Bréfritari: Aðalbjartur Bjarnason (Albert Arnason)
Dagsetning: A-1879-05-04
Skrifað á: Vesturheimi

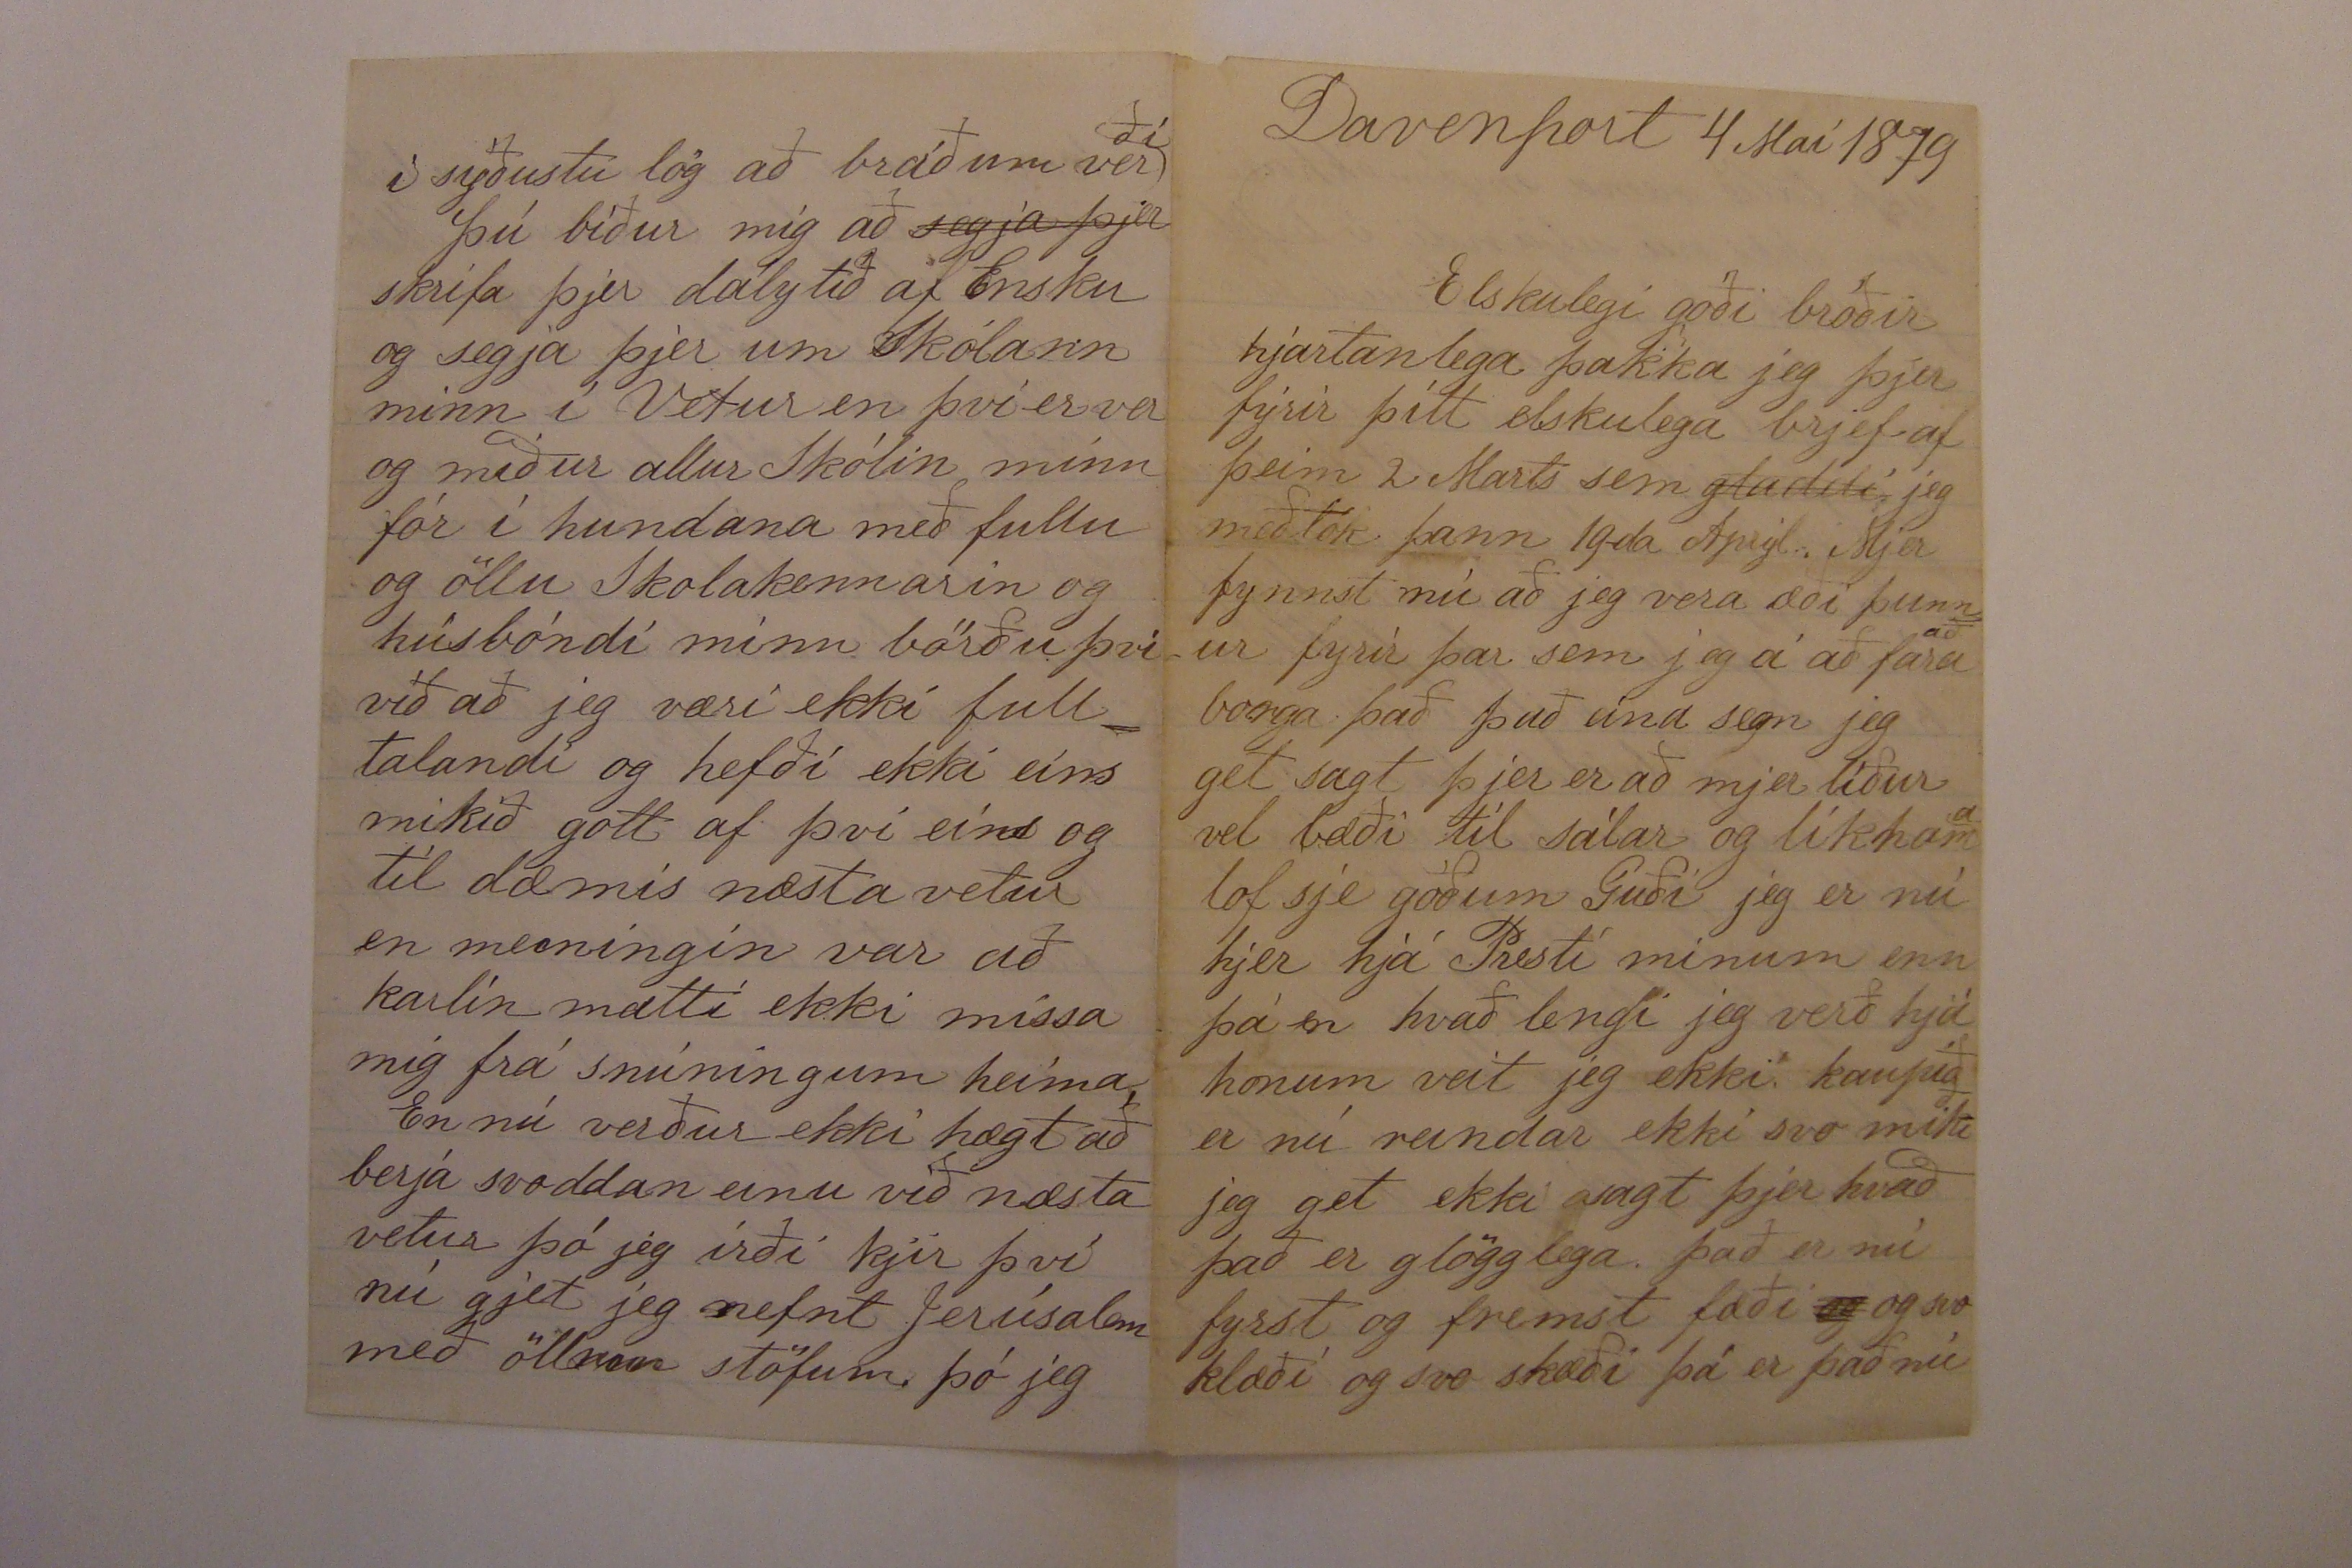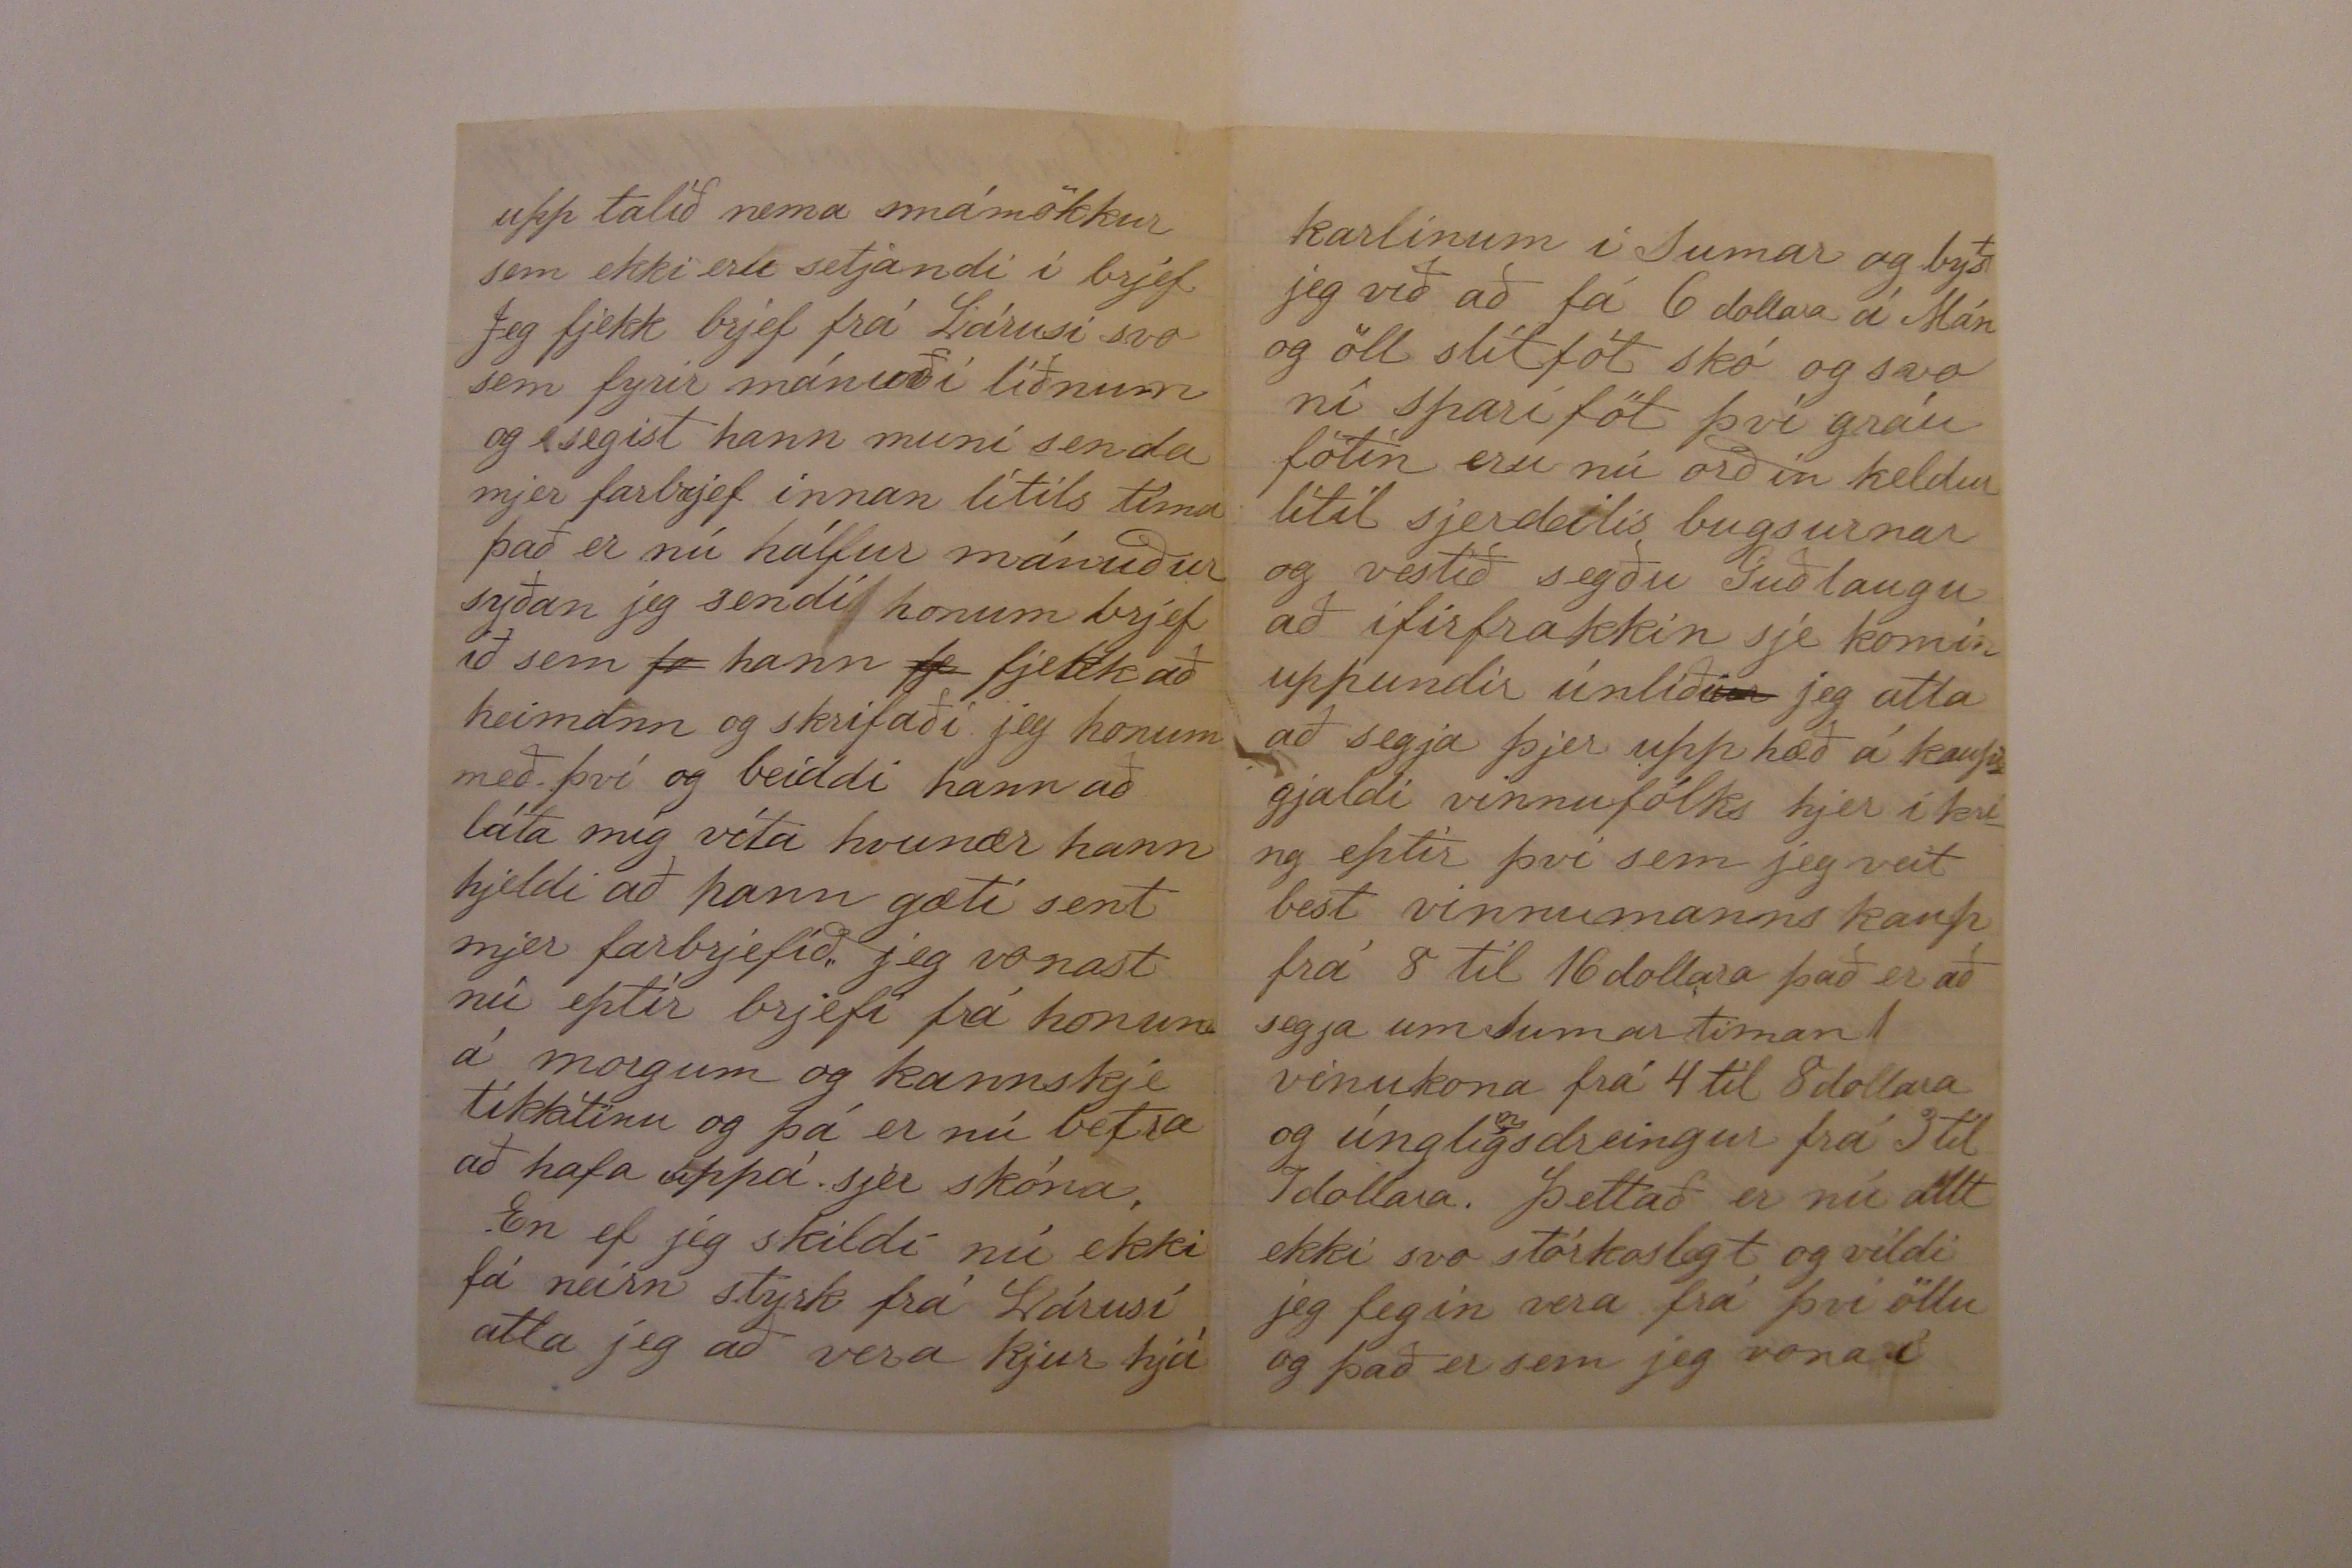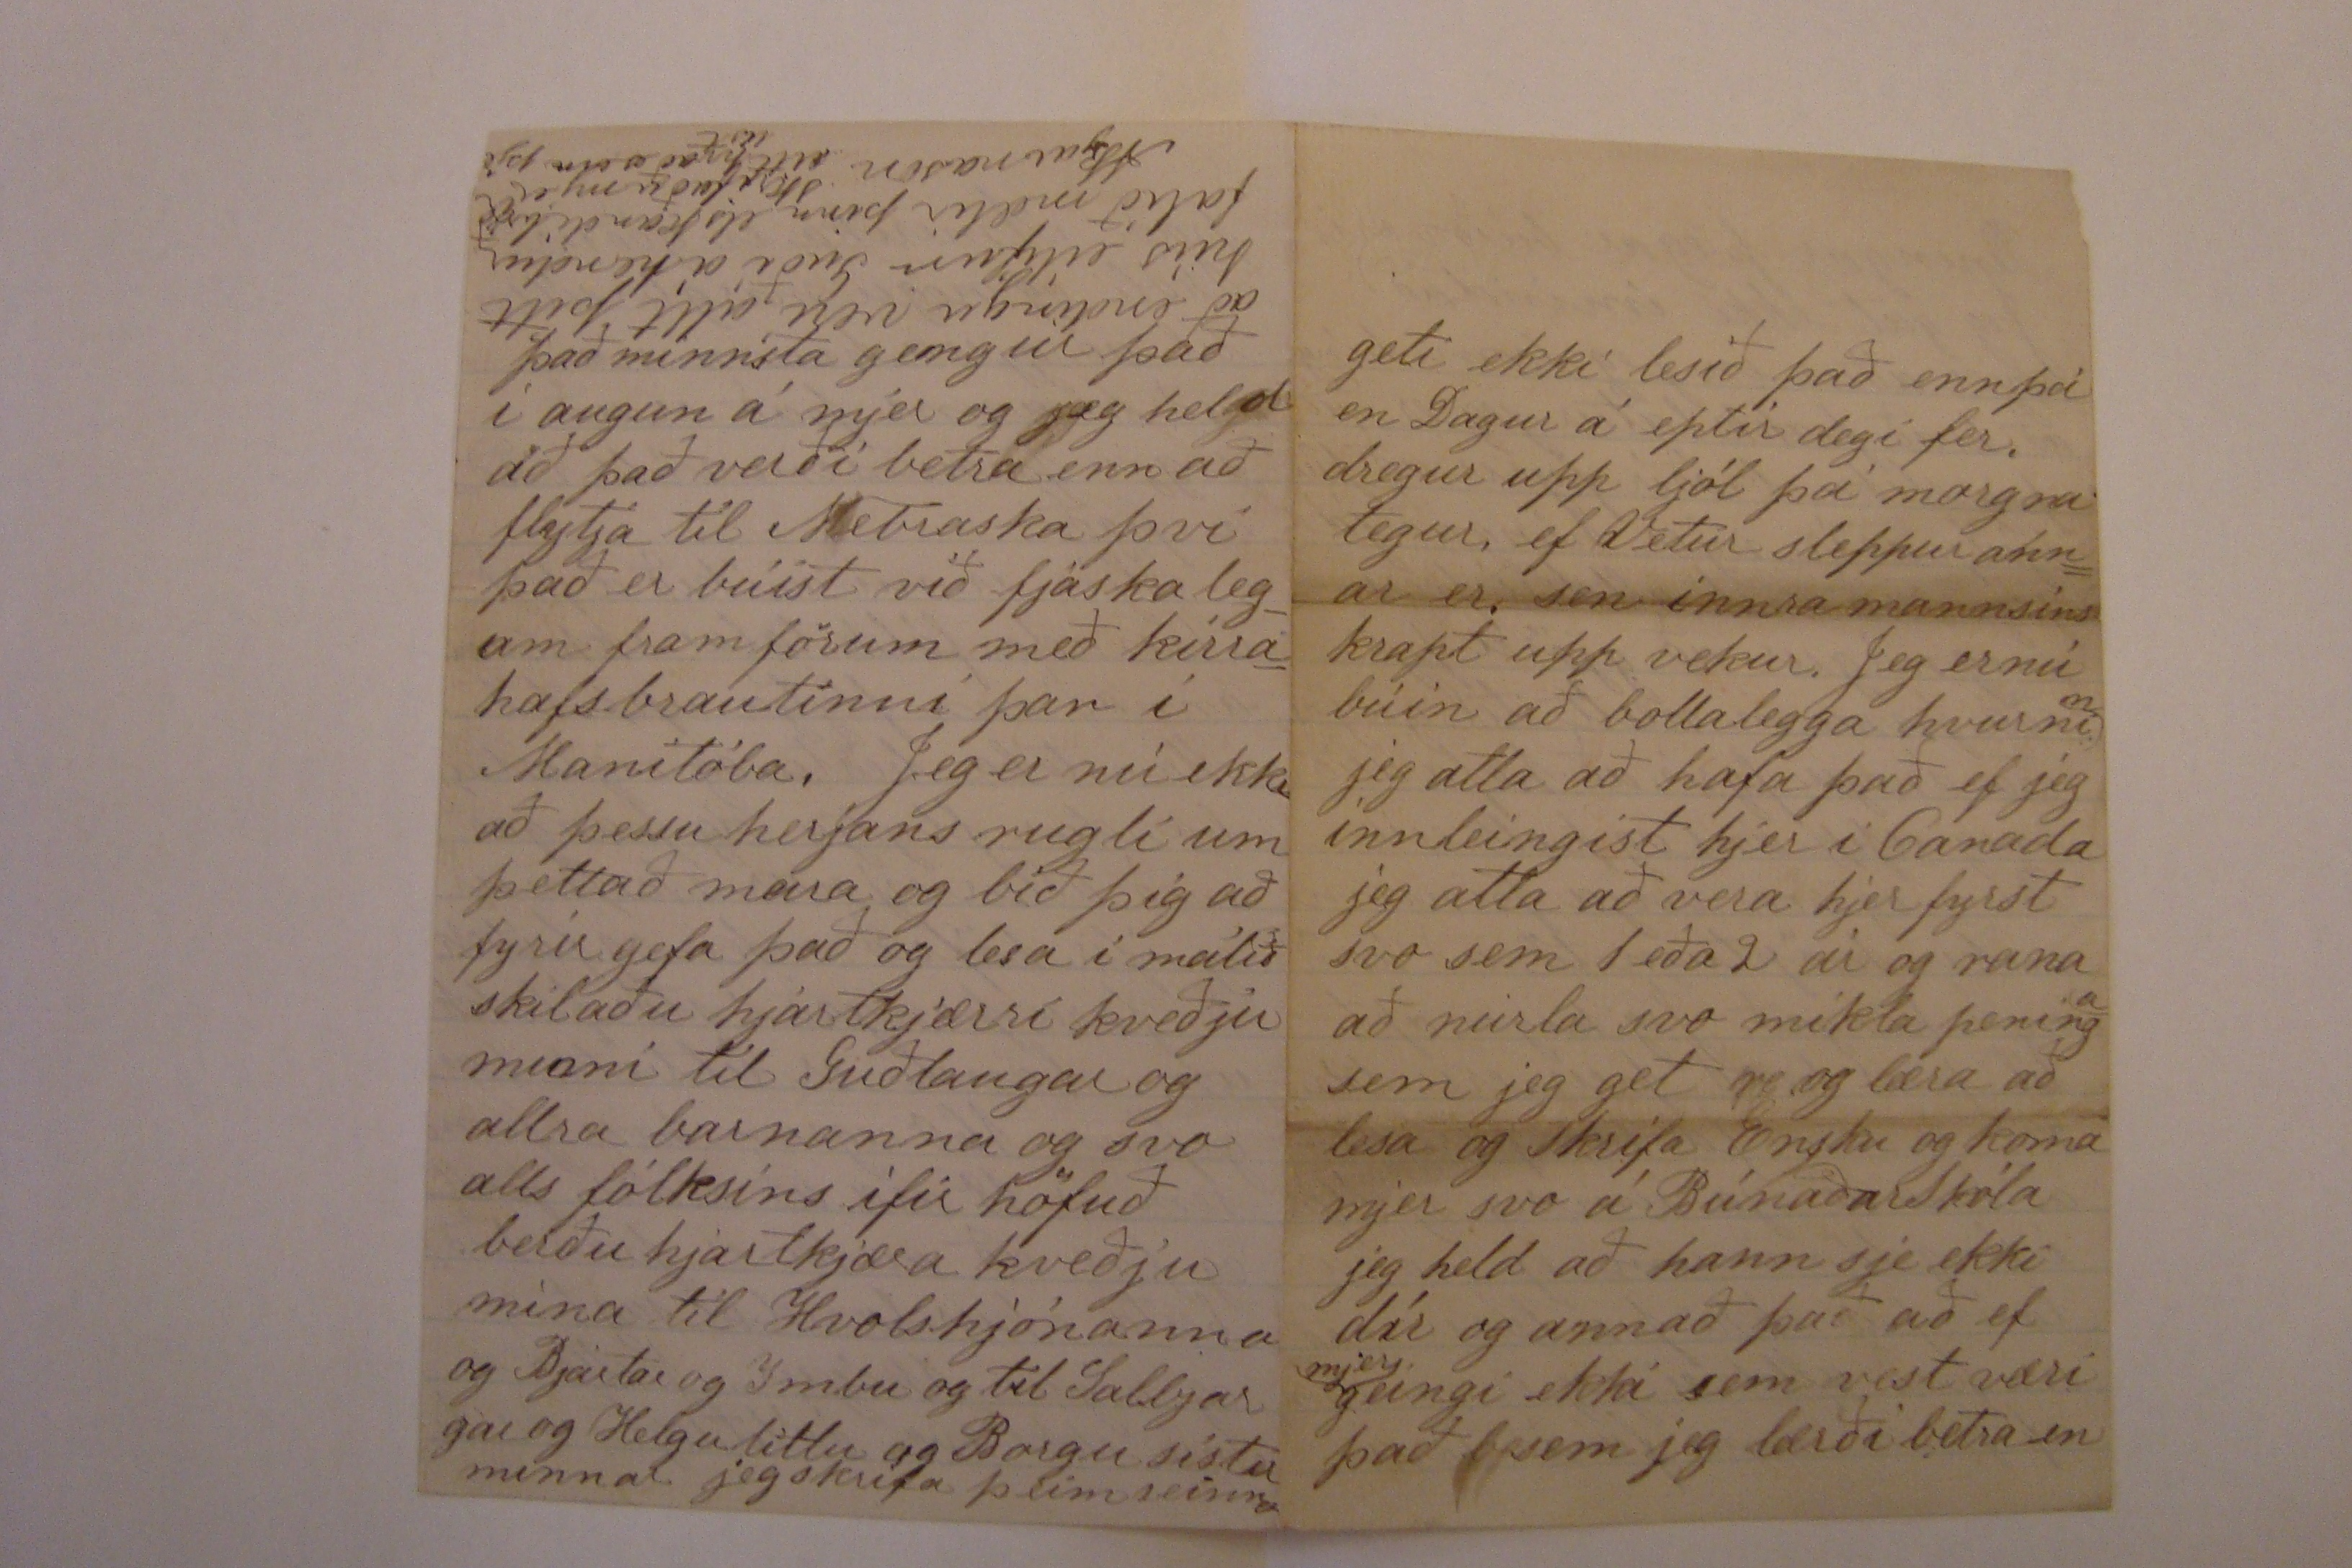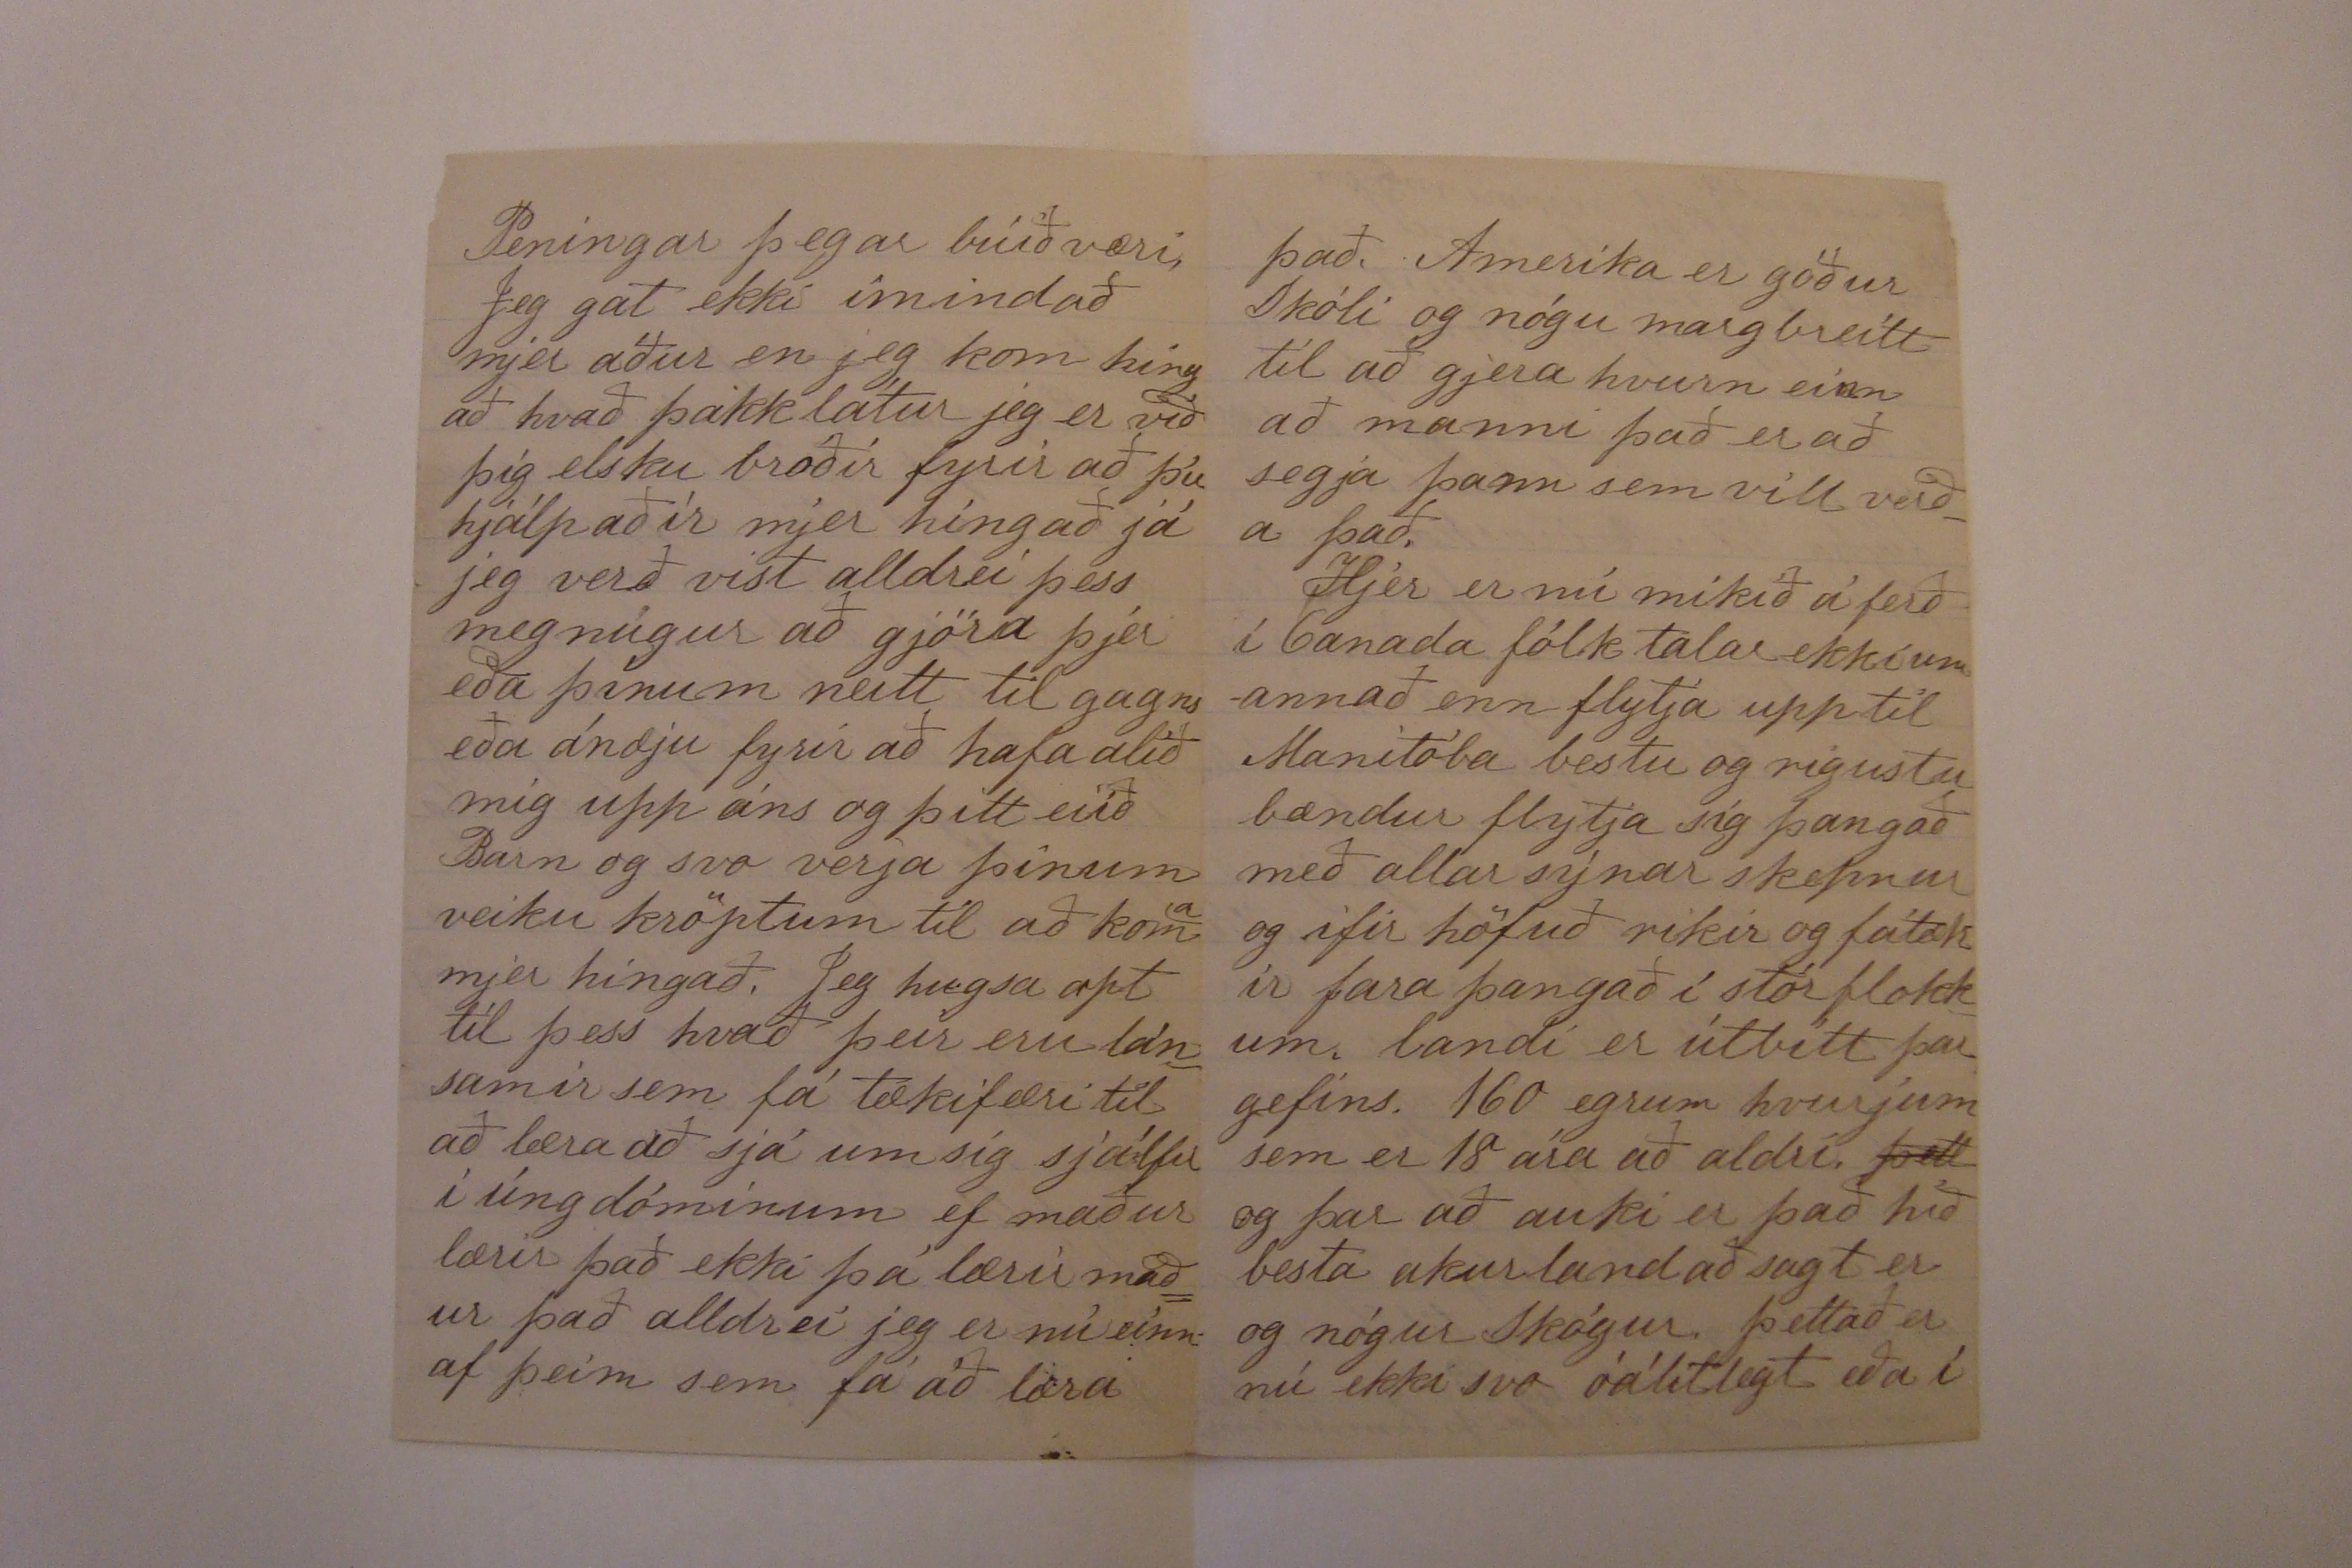

Davenport 4 Maí 1879
Elskulegi góði bróðir
hjartanlega þakka jeg þjer fyrir þitt elskulega brjef af þeim 2 Marts sem
gladdi
jeg meðtók þann 19da Apríl. Mjer fynnst nú að jeg vera æði þunnur fyrir þar sem jeg á að fara
að
borga það það eina sem jeg get sagt þjer er að mjer líður vel bæði til sálar og líkkama lof sje góðum Guði jeg er nú hjer hjá Presti mínum enn þá en hvað lengi jeg verð hjá honum veit jeg ekki kaupið er nú reindar ekki svo mikið jeg get ekki sagt þjer hvað það er glögglega. það er nú fyrst og fremst fæði
og
og svo klæði og svo skæði þá er það nú
upp talið nema smámökkur sem ekki eru setjanadi í brjef Jeg fjekk brjef frá Lárusi svo sem fyrir mánuði liðnum og segist hann muni senda mjer farbrjef innan lítils tíma það er nú hálfur mánuður syðan jeg sendi honum brjefið sem
fe
hann
fje
fjekk að heimann og skrifaði jeg honum með því og beiddi hann að láta mig vita hvunær hann hjeldi að hann gæti sent mjer farbrjefið jeg vonast nú eptir brjefi frá honum á morgun og kannskje tikkitinu og þá er nú betra að hafa uppá sjer skóna.
En ef jeg skildi nú ekki fá neirn styrk frá Lárusi atla jeg að vera kjur hjá
karlinum í Sumar og byst jeg við að fá 6 dollara á Mán og öll
slit
föt skó og svo ní spariföt því gráu fötin eru nú orðin heldur lítil sjerdeilis bugsurnar og vestið segðu Guðlaugu að ifirfrakkin sje komin uppundir únliði
in
jeg atla að segja þjer upphæð á kaupgjaldi vinnufólks hjer í kríng eptir því sem jeg veit best vinnumanns kaup frá 8 til 16 dollara það er að segja um Sumartíman 0 vinnukona frá 4 til 8 dollara og únglingsdreingur frá 3 til 7 dollara. þettað er nú allt ekki svo stórkostlegt og vildi jeg fegin vera frá því öllu og það er sem jeg vona í
í sýðustu lög að bráðum verði
Þú biður mig að
segja þjer
skrifa þjer dálytið af Ensku og segja þjer um Skólann minn í vetur en því er ver og miður allur Skólin minn fór í hundana með fullu og öllu Skolakennarin og húsbóndi minn börðu því við að jeg væri ekki fulltalandi og hefði ekki eins mikið gott af því eins og til dæmis næsta vetur en meiningin var að karlin mætti ekki missa mig frá snúningum heima
En nú verður ekki hæt að berja svoddan einu við næsta vetur þó jeg irði kjir því nú gjet jeg nefnt Jerúsalem með öllum stöfum þó jeg
geti ekki lesið það ennþá en Dagur á eptir degi fer dregur upp
ljól
þá margra
tegur
, ef Vetur sleppur annar er, sen innra mannsins krapt upp vekur. Jeg er nú búin að bollalegga hvurnin jeg atla að hafa það ef jeg innleingist hjer í Canada jeg atla að vera hjer fyrst svo sem 1 eða 2 ár og reina að neisla svo mikla peninga sem jeg get og læra að lesa og skrifa Ensku og koma mjer svo á Búnaðar Skóla jeg held að hann sje ekki dír og annað það að ef
mjer
geingi ekki sem vest væri það sem jeg lærði betra en
Peningar þegar búið væri Jeg gat ekki ímindað mjer áður en jeg kom hingað hvað þakklátur jeg er við þig elsku bróðir fyrir að þú hjálpaðir mjer hingað já jeg verð víst alldrei þess megnugur að gjöra þjer eða þínum neitt til gagns eða ánæju fyrir að hafa alið mig upp eins og þitt eiið Barn og svo verja þínum veiku kröptum til að koma mjer hingað. Jeg hugsa opt til þess hvað þeir eru lánsamir sem fá tækifæri til að læra að sjá um sig sjálfir í úngdóminum ef maður lærir það ekki þá lærir maður það alldrei jeg er nú einn af þeim sem fá að læra
það, Ameríka er góður Skóli og nógu margreitt til að gjera hvurn einn að manni það er að segja þann sem vill verða það.
Her er nú mikið á ferð í Canada fólk talar ekki um annað enn flytja upp til Manitoba bestu og rígustu bændur flytja sig þangað með allar sýnar skepnur og ifir höfuð ríkir og fátækir fara þangað í stórflokkum landi er útbítt þar gefins. 160 egrum hvurjum sem er 18 ára að aldri
þett
og þar að auki er það hið besta akurland að sagt er og nógur Skógur. þettað er nú ekki svo óálitlegt eða í
það minnsta gengur það í augun á mjer og jeg held að það verði betra enn að flytja til Nebraska því það er búist við fjaskalegum framförum með kirrahafsbrautinni þar í Manibóba. Jeg er nú ekki að þessu herjans rugli um þettað meira og bið þig að fyrirgefa það og lesa í málið skilaðu hjartkjærri kveðju minni til Guðlaugar og allra barnanna og svo alls fólksins ifir höfuð berðu hjartkæra kveðju mína til Hvolshjónanna og Bjartar og Imbu og til Salbjargar og Helgu litlu og Borgu sistir minnar jeg skrifa þeim seinna
að endingu veri allt þitt hús eilífum Guði á hendur falið mælir þinn elskandi bróðir
ABjarnason
Skrifaðu mjer eitthvað sem
þje ust